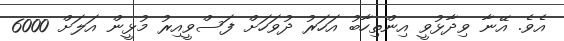
އެވެ. އޭނާ ވިދާޅުވީ އިންތިހާބު އަހަރު ދުވަހަށް ފަސްވީއިރު މުޅީން އަލަށް 6000